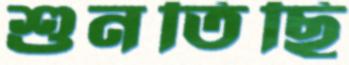
শুনতিছি